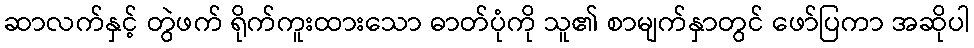
ဆာလက်နှင့် တွဲဖက် ရိုက်ကူးထားသော ဓာတ်ပုံကို သူ၏ စာမျက်နှာတွင် ဖော်ပြကာ အဆိုပါ